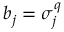
b _ { j } = \sigma _ { j } ^ { q }